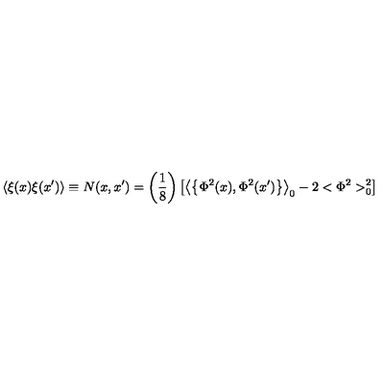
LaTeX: \left\langle \xi ( x ) \xi ( x ^ { \prime } ) \right\rangle \equiv N ( x , x ^ { \prime } ) = \left( \frac 1 8 \right) \left[ \left\langle \left\{ \Phi ^ { 2 } ( x ) , \Phi ^ { 2 } ( x ^ { \prime } ) \right\} \right\rangle _ { 0 } - 2 < \Phi ^ { 2 } > _ { 0 } ^ { 2 } \right]